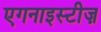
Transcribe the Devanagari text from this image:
एगनाइस्टीज़